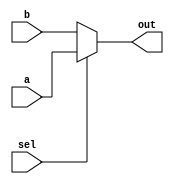
// Copyright {2011} {Jucemar Monteiro - jucemar.monteiro@gmail.com}
//
// Licensed under the Apache License, Version 2.0 (the "License");
// you may not use this file except in compliance with the License.
// You may obtain a copy of the License at

// http://www.apache.org/licenses/LICENSE-2.0

// Unless required by applicable law or agreed to in writing, software
// distributed under the License is distributed on an "AS IS" BASIS,
// WITHOUT WARRANTIES OR CONDITIONS OF ANY KIND, either express or implied.
// See the License for the specific language governing permissions and
// limitations under the License.
//
//-----------------------------------------------------
// Design Name : mux2to1
// Function    : 2 to 1 Mutiplexor
// Coder       : Jucemar Monteiro
//-----------------------------------------------------
module  mux2to1(sel,a, b,out);
	input  a, b, sel ;
	output  out;
	assign out = (sel) ? a : b;
endmodule